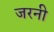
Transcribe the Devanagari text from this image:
जरनी